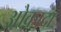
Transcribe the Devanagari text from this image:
ओकादा